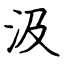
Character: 汲